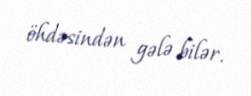
öhdəsindən gələ bilər.